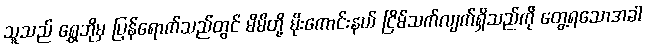
သူသည် ရွှေဘိုမှ ပြန်ရောက်သည်တွင် မိမိတို့ မိုးကောင်းနယ် ငြိမ်သက်လျက်ရှိသည်ကို တွေ့ရသောအခါ